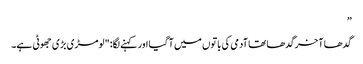
”
گدھا آخر گدھا تھا آدمی کی باتوں میں آ گیا اور کہنے لگا: "لومڑی بڑی جھوٹی ہے۔